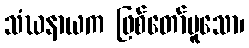
သံဃနာယက ဖြစ်တော်မူသော၊